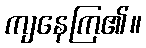
ကျနေကြ၏။